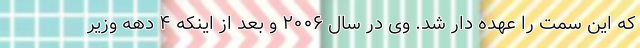
که این سمت را عهده دار شد. وی در سال ۲۰۰۶ و بعد از اینکه ۴ دهه وزیر